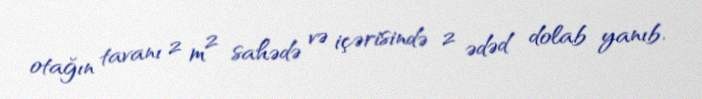
otağın tavanı 2 m² sahədə və içərisində 2 ədəd dolab yanıb.